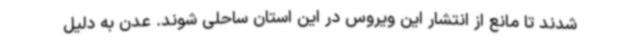
شدند تا مانع از انتشار این ویروس در این استان ساحلی شوند. عدن به دلیل